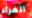
الفراء